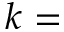
k =